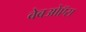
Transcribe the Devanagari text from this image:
वेबओऍस